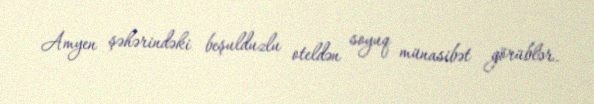
Amyen şəhərindəki beşulduzlu oteldən soyuq münasibət görüblər.